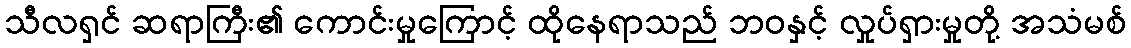
သီလရှင် ဆရာကြီး၏ ကောင်းမှုကြောင့် ထိုနေရာသည် ဘဝနှင့် လှုပ်ရှားမှုတို့ အသံမစ်